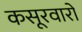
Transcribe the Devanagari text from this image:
कसूरवारों